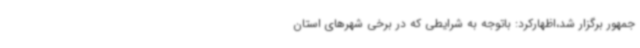
جمهور برگزار شد،اظهارکرد: باتوجه به شرایطی که در برخی شهرهای استان